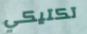
تكتيكي